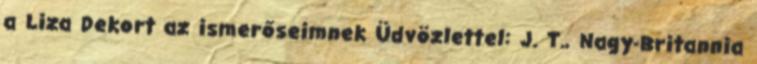
a Liza Dekort az ismerőseimnek Üdvözlettel: J. T., Nagy-Britannia